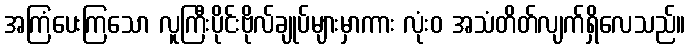
အကြံပေးကြသော လူကြီးပိုင်းဗိုလ်ချုပ်များမှာကား လုံးဝ အသံတိတ်လျက်ရှိလေသည်။